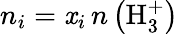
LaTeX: n_{i}=\mathit{x}_{i}\, n\left(\mathrm{{H_{3}^{+}}}\right)